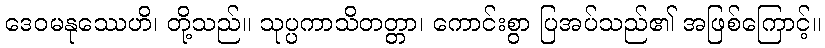
ဒေဝမနုဿေဟိ၊ တို့သည်။ သုပ္ပကာသိတတ္တာ၊ ကောင်းစွာ ပြအပ်သည်၏ အဖြစ်ကြောင့်။